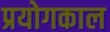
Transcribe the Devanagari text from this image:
प्रयोगकाल